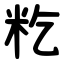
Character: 籺